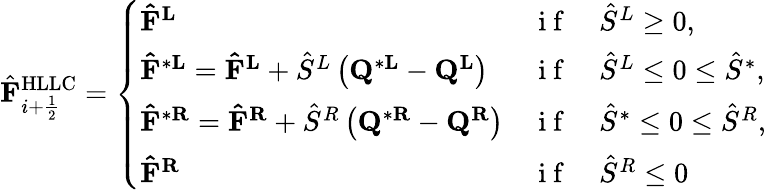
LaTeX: \hat{\mathbf{F}}_{i+\frac{1}{2}}^{\mathrm{HLLC}}=\left\{ \begin{array}{ll}{\mathbf{\hat{F}}^{\mathbf{L}}}&{\mathrm{~i~f~}\quad\hat{S}^{L}\geq 0,}\\ {\mathbf{\hat{F}}^{*\mathbf{L}}=\mathbf{\hat{F}}^{\mathbf{L}}+\hat{S}^{L}\left(\mathbf{Q}^{*\mathbf{L}}-\mathbf{Q}^{\mathbf{L}}\right)}&{\mathrm{~i~f~}\quad\hat{S}^{L}\leq 0\leq\hat{S}^{*},}\\ {\mathbf{\hat{F}}^{*\mathbf{R}}=\mathbf{\hat{F}}^{\mathbf{R}}+\hat{S}^{R}\left(\mathbf{Q}^{*\mathbf{R}}-\mathbf{Q}^{\mathbf{R}}\right)}&{\mathrm{~i~f~}\quad\hat{S}^{*}\leq 0\leq\hat{S}^{R},}\\ {\mathbf{\hat{F}}^{\mathbf{R}}}&{\mathrm{~i~f~}\quad\hat{S}^{R}\leq 0}\end{array}\right.